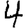
Digit: 4